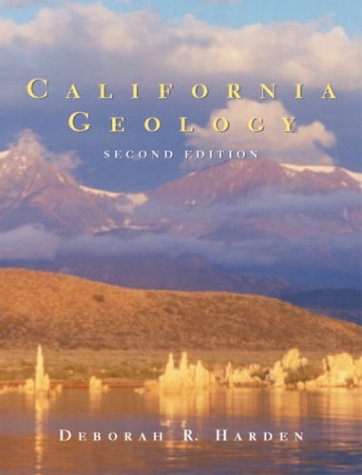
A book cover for California Geology (2nd Edition); Deborah Harden; Science & Math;